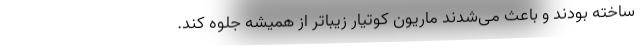
ساخته بودند و باعث می‌شدند ماریون کوتیار زیباتر از همیشه جلوه کند.